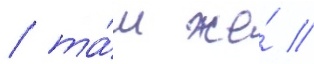
/ та́м же́ //